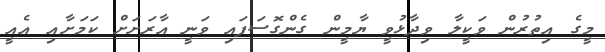
މީގެ އިތުރުން ވަކީލާ ވިދާޅުވީ ޔާމީން ގެންގޮސަފައި ވަނީ އާރަށަށް ކަމަށާއި އެއީ